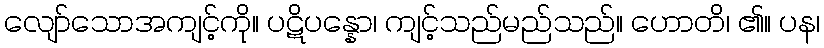
လျော်သောအကျင့်ကို။ ပဋိပန္နော၊ ကျင့်သည်မည်သည်။ ဟောတိ၊ ၏။ ပန၊